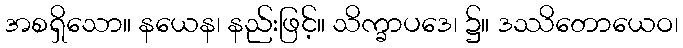
အစရှိသော။ နယေန၊ နည်းဖြင့်။ သိက္ခာပဒေ၊ ၌။ ဒဿိတောယေဝ၊